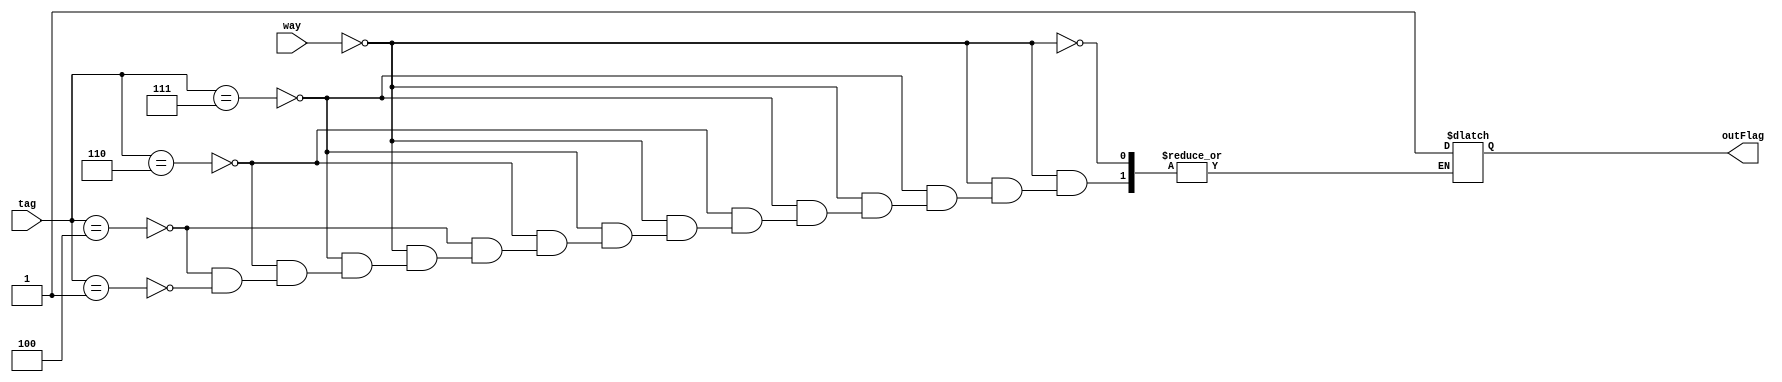
`timescale 1ns / 1ps
//////////////////////////////////////////////////////////////////////////////////
// Company: 
// Engineer: 
// 
// Design Name: 
// Module Name: wayPredict
// Project Name: 
// Target Devices: 
// Tool Versions: 
// Description: 
// 
// Dependencies: 
// 
// Revision:
// Revision 0.01 - File Created
// Additional Comments:
// 
//////////////////////////////////////////////////////////////////////////////////


module wayPredict(tag, way, outFlag);

input [3:0] tag;
input [2:0] way;
output reg outFlag;
wire [3:0] way1tag = 4'b0111;
wire [3:0] way2tag = 4'b0110;
wire [3:0] way3tag = 4'b0100;
wire [3:0] way4tag = 4'b0001;


always @ (tag, way)
begin

if (way == 3'b000) begin
    // way prediction was correct so only check one way
    if (tag == way1tag) begin
        outFlag = 1;
    end
    
    // way prediction was incorrect so check all 4 tags and have it match on the last one so you get
    // the full energy it takes to search all ways
    else begin
        if (tag == way2tag) begin
            outFlag = 1;
        end
        
        else if (tag == way3tag) begin
            outFlag = 1;
        end
        
        else if (tag == way4tag) begin
            outFlag = 1;
        end
    end
end

end

    
endmodule